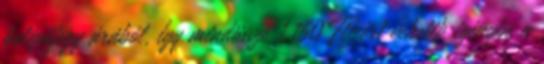
belépőjegy árából, így mindössze 1.150 Ft-ért vehetik igénybe a